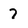
Character: 7